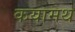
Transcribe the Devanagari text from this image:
कयामथ